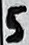
Text: 5